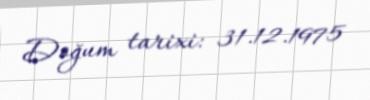
Doğum tarixi: 31.12.1975